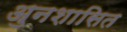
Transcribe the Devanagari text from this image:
अुनशासित